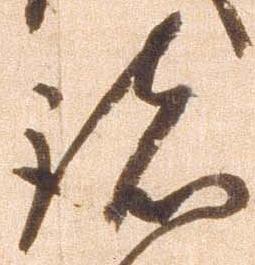
諸